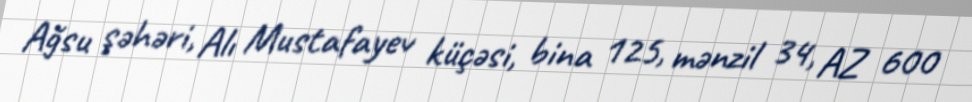
Ağsu şəhəri, Alı Mustafayev küçəsi, bina 125, mənzil 34, AZ 600